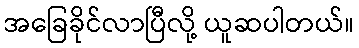
အခြေခိုင်လာပြီလို့ ယူဆပါတယ်။